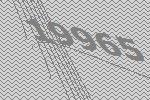
19965